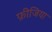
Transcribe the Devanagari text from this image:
फ़ीजिया